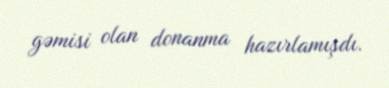
gəmisi olan donanma hazırlamışdı.